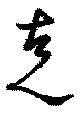
克